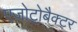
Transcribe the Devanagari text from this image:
एज़ोटोबैक्टर